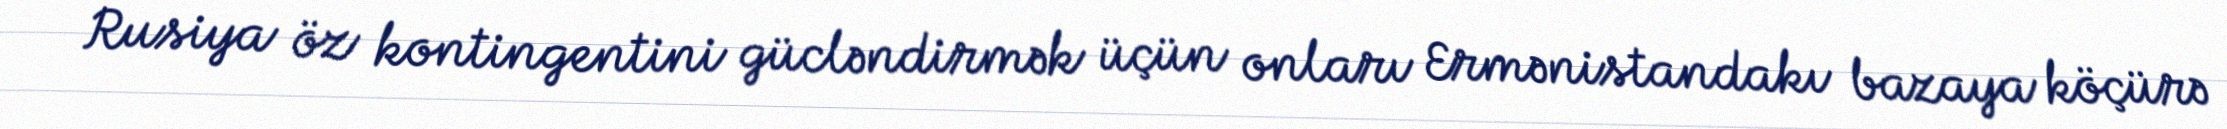
Rusiya öz kontingentini gücləndirmək üçün onları Ermənistandakı bazaya köçürə